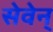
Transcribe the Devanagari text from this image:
सेवेन्